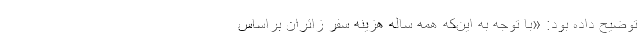
توضیح داده بود: «با توجه به این‌که همه ساله هزینه سفر زائران براساس